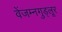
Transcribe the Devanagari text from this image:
वेंजम्नगुड्लूर